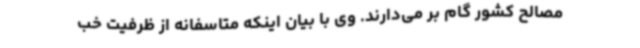
مصالح کشور گام بر می‌دارند. وی با بیان اینکه متاسفانه از ظرفیت خب